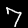
Digit: 7